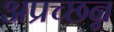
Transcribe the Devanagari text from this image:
अप्रच्छन्न